Subject: physics
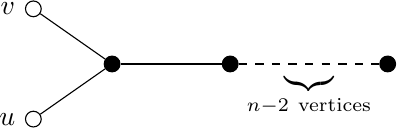
LaTeX code:
		\begin{tikzpicture}
		\tikzset{enclosed/.style={draw, circle, inner sep=0pt, minimum size=.2cm}}
	   \node[enclosed, label={left, yshift=0cm: $u$}] (w_1) at (0.5,1.8) {};
	    \node[enclosed, label={left, yshift=0cm: $v$}] (w_2) at (0.5,3.2) {};
		\node[enclosed, fill=black] (w_3) at (1.5,2.5) {};
		\node[enclosed, fill=black] (w_4) at (3,2.5) {};
		\node[enclosed, fill=black] (w_6) at (5,2.5) {};
		\draw (w_1) -- (w_3);
		\draw (w_2) -- (w_3);
		\draw (w_4) -- (w_3);
		\draw (w_4) -- node[below] {$\underbrace{}_{n-2\ \text{vertices}}$} (w_6)[dashed];
		\end{tikzpicture}